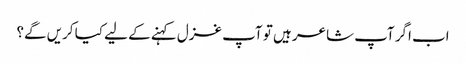
اب اگر آپ شاعر ہیں تو آپ غزل کہنے کے لیے کیا کریں گے؟